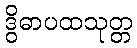
ဒွိဓာပထသုတ္တ